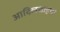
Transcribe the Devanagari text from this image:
आदिलशाहचा